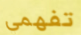
تفهمي